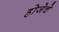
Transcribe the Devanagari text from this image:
होजेचे